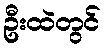
ဦးထဲတွင်